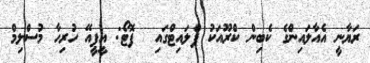
ރަޔާނީ އެއާލައިންގެ ކެބިން ކްރޫއަކު ފްލައިޓްގައި  ފޮޓޯ: އީޕީއޭ ހުރިހާ މުސްލިމް